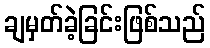
ချမှတ်ခဲ့ခြင်းဖြစ်သည်